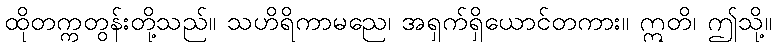
ထိုတက္ကတွန်းတို့သည်။ သဟိရိကာမညေ၊ အရှက်ရှိယောင်တကား။ ဣတိ၊ ဤသို့။